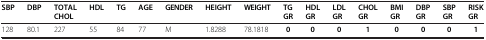
| SBP | DBP | TOTALCHOL | HDL | TG | AGE | GENDER | HEIGHT | WEIGHT | TG GR | HDL GR | LDL GR | CHOL GR | BMI GR | DBP GR | SBP GR | RISK GR |
 | --- | --- | --- | --- | --- | --- | --- | --- | --- | --- | --- | --- | --- | --- | --- | --- | --- |
 | 128 | 80.1 | 227 | 55 | 84 | 77 | M | 1.8288 | 78.1818 | 0 | 0 | 0 | 1 | 0 | 0 | 0 | 1 |